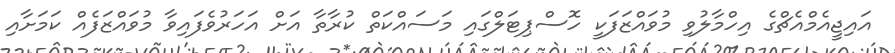
އައިޖީއެމްއެޗްގެ އިހްމާލުވި މުވައްޒަފަކީ ހޮސްޕިޓަލްގައި މަސައްކަތް ކުރާތާ އަށް އަހަރުވެފައިވާ މުވައްޒަފެއް ކަމަށާއި